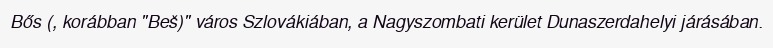
Bős (, korábban "Beš)" város Szlovákiában, a Nagyszombati kerület Dunaszerdahelyi járásában.